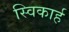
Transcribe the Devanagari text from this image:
स्विकार्ह